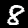
Label: 8